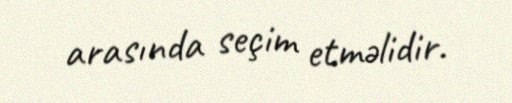
arasında seçim etməlidir.